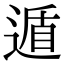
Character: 遁